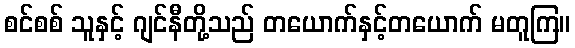
စင်စစ် သူနှင့် ဂျင်နီတို့သည် တယောက်နှင့်တယောက် မတူကြ။